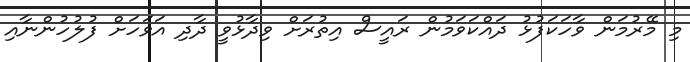
މި މޭރުމަން ވާހަކަފުޅު ދައްކަވަމުން ރައީސް އިތުރަށް ވިދާޅުވީ ދާދި އަވަހަށް ފުލުހުންނާއި